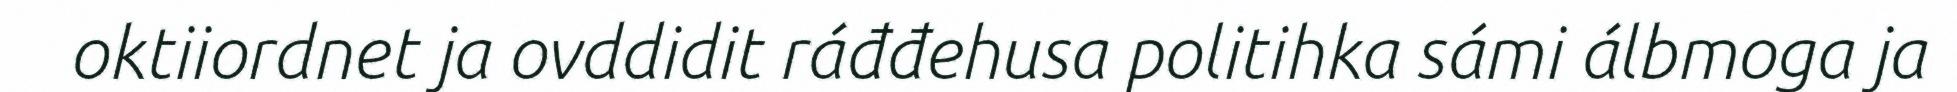
oktiiordnet ja ovddidit ráđđehusa politihka sámi álbmoga ja